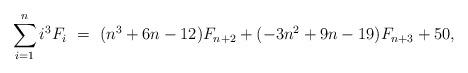
LaTeX: \begin{align*}\sum_{i=1}^n i^3 F_i \ = \ (n^3 + 6n - 12)F_{n+2} + (-3n^2 + 9n - 19)F_{n+3} + 50,\end{align*}